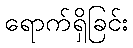
ရောက်ရှိခြင်း